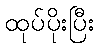
ထုပ်ပိုးပြီး